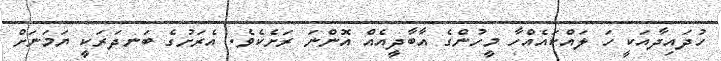
ހުދައިދާއަކީ ހަ ލައްކައެއްހާ މީހުންގެ އާބާދީއެއް އޮންނަ ރަށެކެވެ. އެރަށުގެ ބަނދަރަކީ ޔަމަނަށް